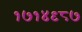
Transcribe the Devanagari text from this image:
१७१४९८७